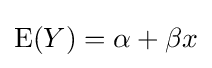
\mathrm {E} (Y)=\alpha +\beta x